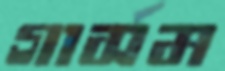
গার্সম